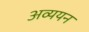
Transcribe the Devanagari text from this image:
अव्ययन